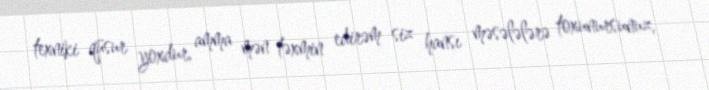
texniki qüsur yoxdur, amma mən təxmin edirəm siz hansı məsələlərə toxunursunuz,